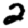
Digit: 2